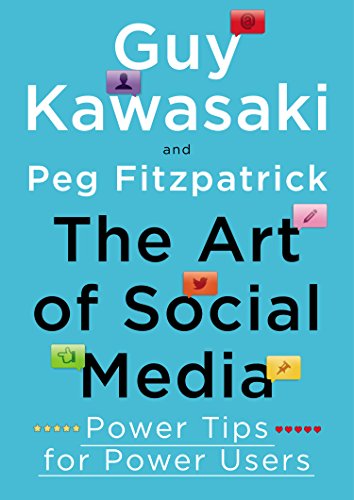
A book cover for The Art of Social Media: Power Tips for Power Users; Guy Kawasaki; Computers & Technology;